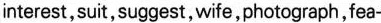
interest,suit,suggest, wife,photograph, fea-